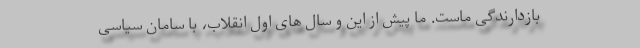
بازدارندگی ماست. ما پیش از این و سال های اول انقلاب، با سامان سیاسی